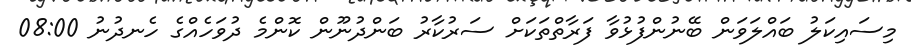
މިސައިކަލު ބައްލަވަން ބޭނުންފުޅުވާ ފަރާތްތަކަށް ސަރުކާރު ބަންދުނޫން ކޮންމެ ދުވަހެއްގެ ހެނދުނު 08:00